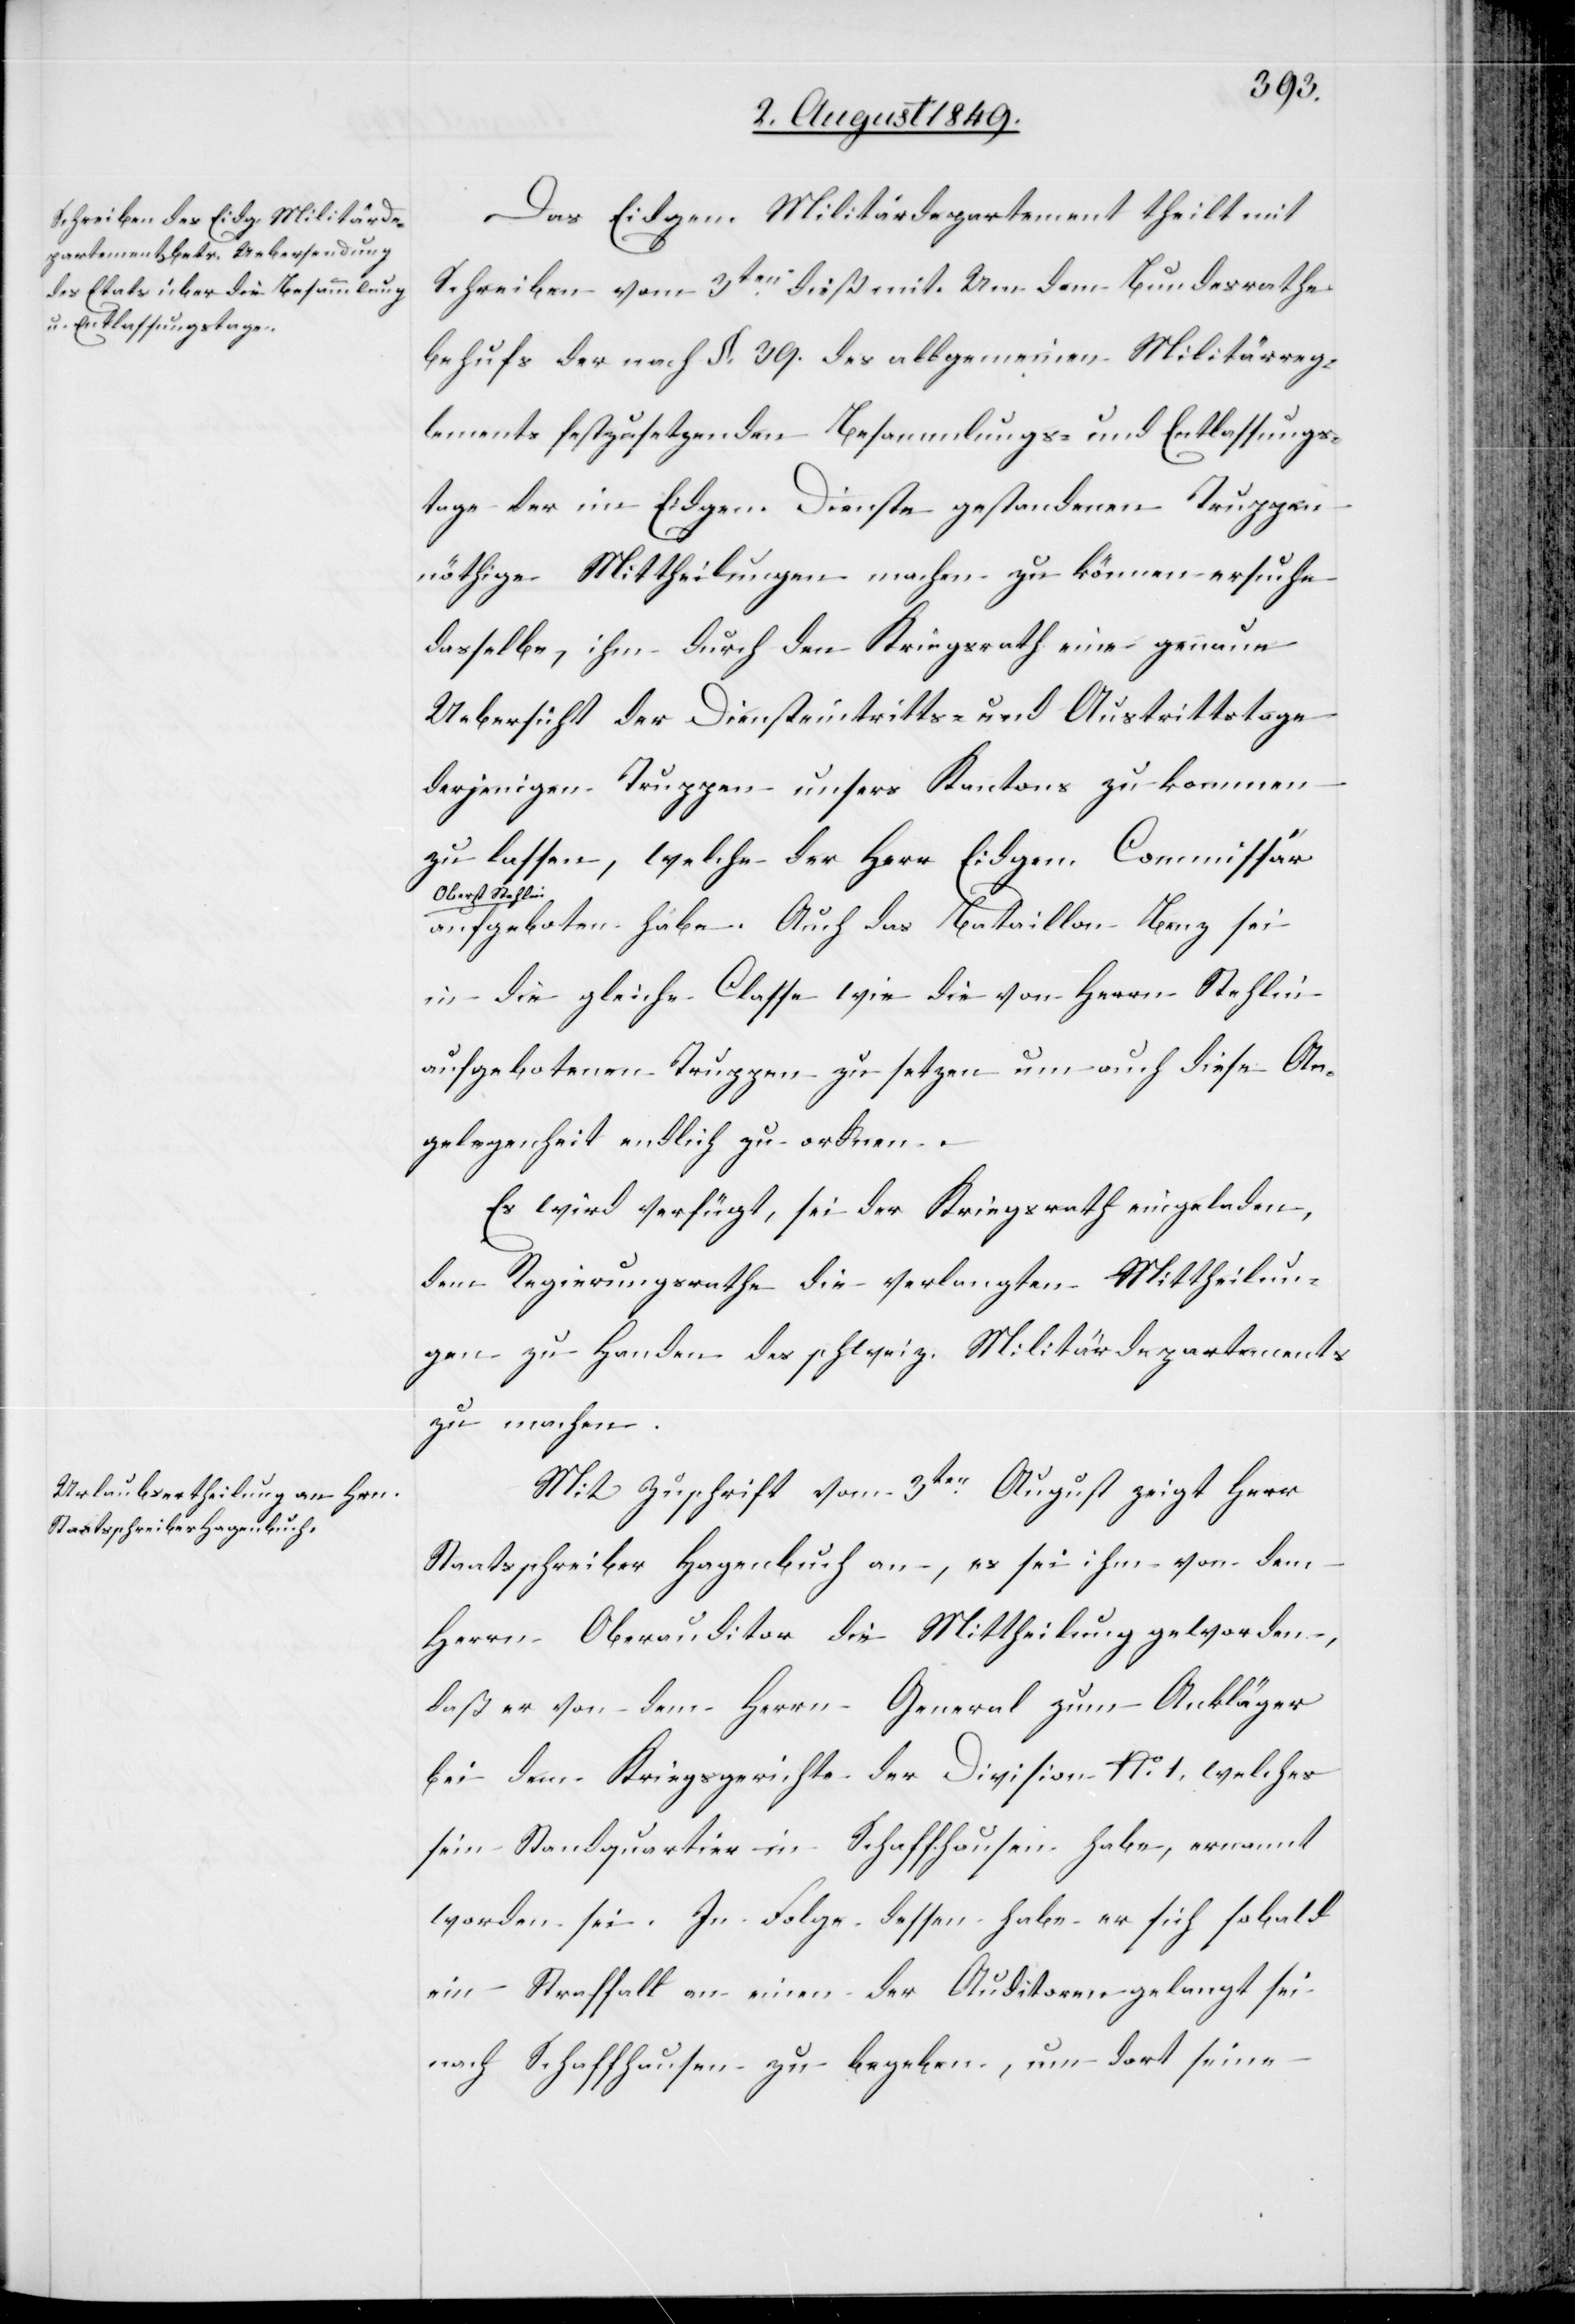
6. August 1849.]
Das Eidgen. Militärdepartement theilt mit
Schreiben vom 3ten dieß mit. Von dem Bundesrathe
behufs der nach §. 39. des allgemeinen Militärreg¬
lements festzusetzenden Besammlungs- und Entlassungs¬
tage der im Eidgen. Dienste gestandenen Truppen
nöthige Mittheilungen machen zu können ersuche
dasselbe, ihm durch den Kriegsrath eine genaue
Uebersicht der Diensteintritts- und Austrittstage
derjenigen Truppen unsers Kantons zu kommen
zu lassen, welche der Herr eidgen. Commissär
a-Oberst Stehlin-a
aufgeboten habe. auch das Bataillon Benz sei
in die gleiche Classe wie die von Herrn Stehlin
aufgebotenen Truppen zu setzen um auch diese An¬
gelegenheit endlich zu ordnen.
Es wird verfügt, sei der Kriegsrath eingeladen,
dem Regierungsrathe die verlangten Mittheilun¬
gen zu Handen des schweiz. Militärdepartements
zu machen.
Mit Zuschrift vom 3ten August zeigt Herr
Staatsschreiber Hagenbuch an, es sei ihm von dem
Herrn Oberauditor die Mittheilung geworden,
daß er von dem Herrn General zum Ankläger
bei dem Kriegsgerichte der Division No. 1. welches
sein Standquartier in Schaffhausen habe, ernannt
worden sei. In Folge dessen habe er sich sobald
ein Straffall an einen der Auditoren gelangt sei
nach Schaffhausen zu begeben, um dort seine